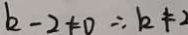
k - 2 \neq 0 \therefore k \neq 2